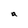
Character: a